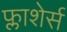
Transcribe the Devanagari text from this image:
फ्लाशेर्स